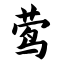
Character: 莺